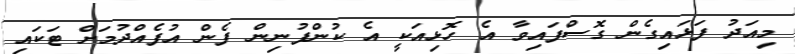
މިއަދު ފަޅައިގެން ގޮސްފައިވާ އެ ހޮޅިއަކީ އެ ކުންފުނިން ފެން އުފެއްދުމަށް ޓަކައި